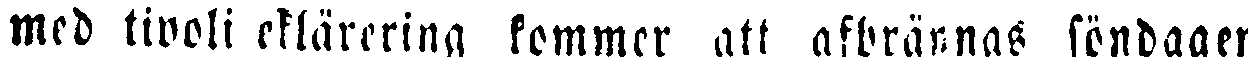
med tivoli eklårering kommer att afbrännas söndagen